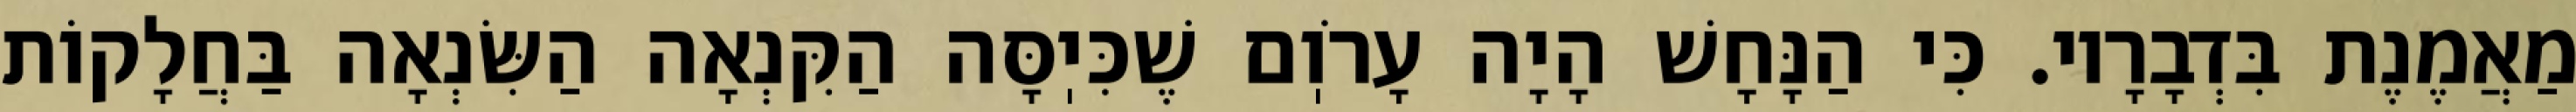
מַאֲמֶנֶת בִּדְבָרָיו. כִּי הַנָּחָשׁ הָיָה עָרֹוֽם שֶׁכִּיֽסָּה הַקִּנְאָה הַשִּׂנְאָה בַּחֲלָקוֹת